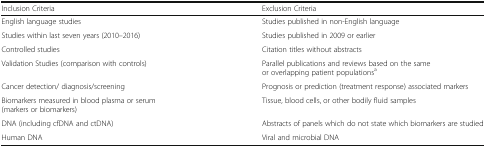
| Inclusion Criteria | Exclusion Criteria |
 | --- | --- |
 | English language studies | Studies published in non-English language |
 | Studies within last seven years (2010–2016) | Studies published in 2009 or earlier |
 | Controlled studies | Citation titles without abstracts |
 | Validation Studies (comparison with controls) | Parallel publications and reviews based on the same or overlapping patient populationsa |
 | Cancer detection/ diagnosis/screening | Prognosis or prediction (treatment response) associated markers |
 | Biomarkers measured in blood plasma or serum(markers or biomarkers) | Tissue, blood cells, or other bodily fluid samples |
 | DNA (including cfDNA and ctDNA) | Abstracts of panels which do not state which biomarkers are studied |
 | Human DNA | Viral and microbial DNA |